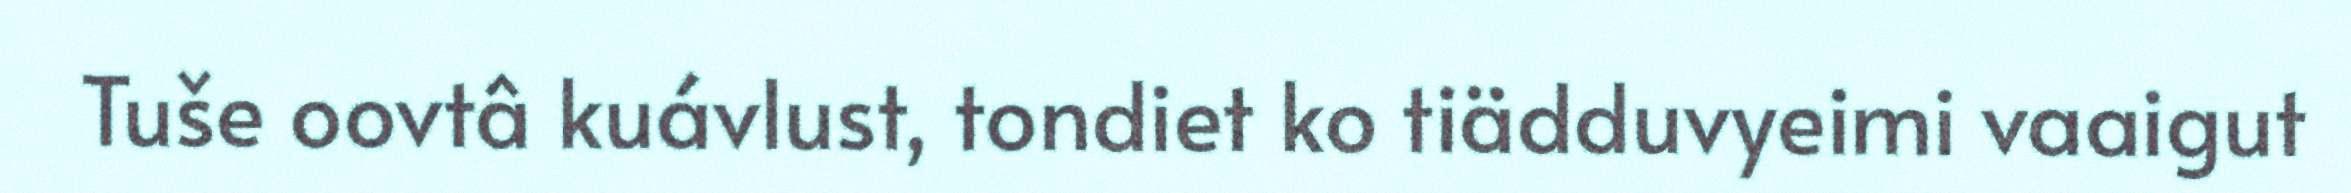
Tuše oovtâ kuávlust, tondiet ko tiädduvyeimi vaaigut